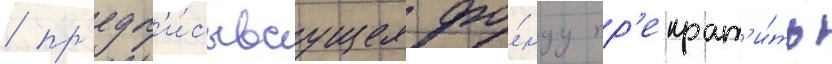
/ пр'едп'и́сываущее фо́нду пр'екрат'и́ть